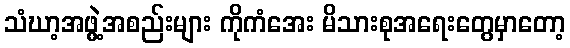
သံဃာ့အဖွဲ့အစည်းများ ကိုကံအေး မိသားစုအရေးတွေမှာတော့